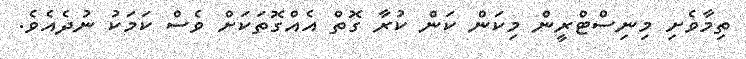
ތިމާވެށި މިނިސްޓްރީން މިކަން ކަން ކުރާ ގޮތް އެއްގޮތަކަށް ވެސް ކަމަކު ނުދެއެވެ.